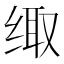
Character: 𮉪